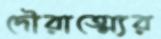
দৌরাত্ম্যের